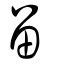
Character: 留